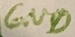
Text: GND